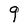
Character: g